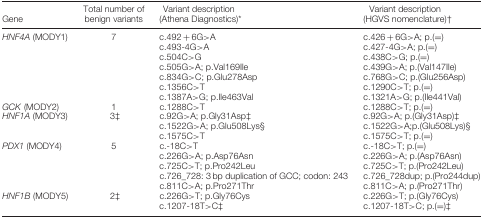
| Gene | Total number of benign variants | Variant description (Athena Diagnostics)* | Variant description (HGVS nomenclature)† |
 | --- | --- | --- | --- |
 | <ROWSPAN=7> HNF4A (MODY1) | <ROWSPAN=7> 7 | c.492 + 6G>A | c.426 + 6G>A; p.(=) |
 | c.493‐4G>A | c.427‐4G>A; p.(=) |
 | c.504C>G | c.438C>G; p.(=) |
 | c.505G>A; p.Val169Ile | c.439G>A; p.(Val147Ile) |
 | c.834G>C; p.Glu278Asp | c.768G>C; p.(Glu256Asp) |
 | c.1356C>T | c.1290C>T; p.(=) |
 | c.1387A>G; p.Ile463Val | c.1321A>G; p.(Ile441Val) |
 | GCK (MODY2) | 1 | c.1288C>T | c.1288C>T; p.(=) |
 | <ROWSPAN=3> HNF1A (MODY3) | <ROWSPAN=3> 3‡ | c.92G>A; p.Gly31Asp‡ | c.92G>A; p.(Gly31Asp)‡ |
 | c.1522G>A; p.Glu508Lys§ | c.1522G>A;p.(Glu508Lys)§ |
 | c.1575C>T | c.1575C>T; p.(=) |
 | <ROWSPAN=5> PDX1 (MODY4) | <ROWSPAN=5> 5 | c.‐18C>T | c.‐18C>T; p.(=) |
 | c.226G>A; p.Asp76Asn | c.226G>A; p.(Asp76Asn) |
 | c.725C>T; p.Pro242Leu | c.725C>T; p.(Pro242Leu) |
 | c.726_728: 3 bp duplication of GCC; codon: 243 | c.726_728dup; p.(Pro244dup) |
 | c.811C>A; p.Pro271Thr | c.811C>A; p.(Pro271Thr) |
 | <ROWSPAN=2> HNF1B (MODY5) | <ROWSPAN=2> 2‡ | c.226G>T; p.Gly76Cys | c.226G>T; p.(Gly76Cys) |
 | c.1207‐18T>C‡ | c.1207‐18T>C; p.(=)‡ |